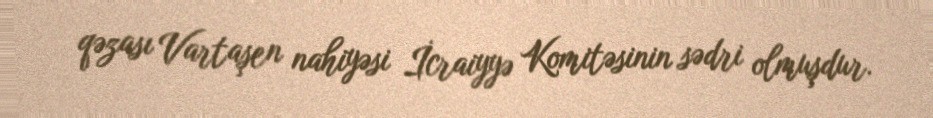
qəzası Vartaşen nahiyəsi İcraiyyə Komitəsinin sədri olmuşdur.